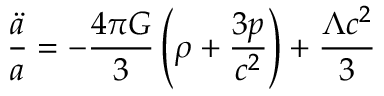
{ \frac { \ddot { a } } { a } } = - { \frac { 4 \pi G } { 3 } } \left( \rho + { \frac { 3 p } { c ^ { 2 } } } \right) + { \frac { \Lambda c ^ { 2 } } { 3 } }